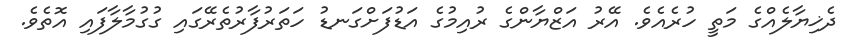
ދެޚިޔާލެއްގެ މަތީ ހުރެއެވެ. އޭރު އަޒްޔާންގެ ރުއިމުގެ އަޑުފަށްގަނޑު ހަތަރުފާރުތެރޭގައި ގުގުމާލާފައި އޮތެވެ.